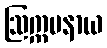
ဩက္ကမနာယ